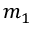
m _ { 1 }